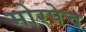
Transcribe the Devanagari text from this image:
मोरपेच